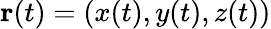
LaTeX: \mathbf{r}(t)=(x(t),y(t),z(t))